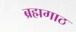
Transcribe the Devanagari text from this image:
ब्रह्मगाठ